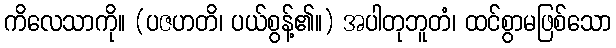
ကိလေသာကို။ (ပဇဟတိ၊ ပယ်စွန့်၏။) အပါတုဘူတံ၊ ထင်စွာမဖြစ်သော